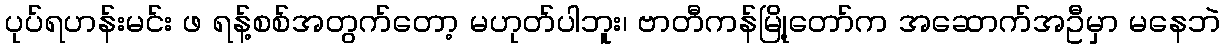
ပုပ်ရဟန်းမင်း ဖ ရန့်စစ်အတွက်တော့ မဟုတ်ပါဘူး၊ ဗာတီကန်မြို့တော်က အဆောက်အဦမှာ မနေဘဲ